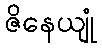
ဇိနေယျုံ